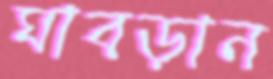
ঘাবড়ান